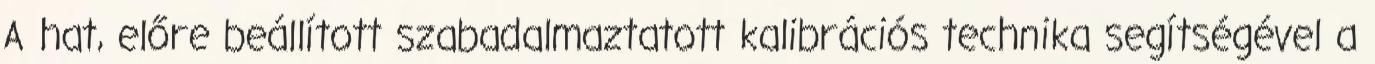
A hat, előre beállított szabadalmaztatott kalibrációs technika segítségével a